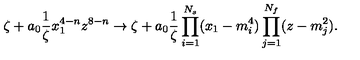
\zeta + a _ { 0 } \frac { 1 } { \zeta } x _ { 1 } ^ { 4 - n } z ^ { 8 - n } \to \zeta + a _ { 0 } \frac { 1 } { \zeta } \prod _ { i = 1 } ^ { N _ { s } } ( x _ { 1 } - m _ { i } ^ { 4 } ) \prod _ { j = 1 } ^ { N _ { f } } ( z - m _ { j } ^ { 2 } ) .